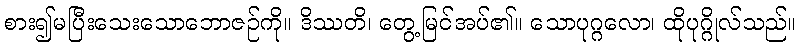
စား၍မပြီးသေးသောဘောဇဉ်ကို။ ဒိဿတိ၊ တွေ့မြင်အပ်၏။ သောပုဂ္ဂလော၊ ထိုပုဂ္ဂိုလ်သည်။